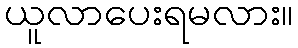
ယူလာပေးရမလား။